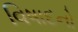
વિષાદનો